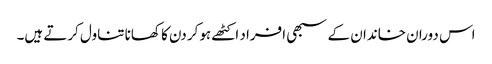
اس دوران خاندان کے سبھی افراد اکٹھے ہوکر دن کا کھانا تناول کرتے ہیں۔